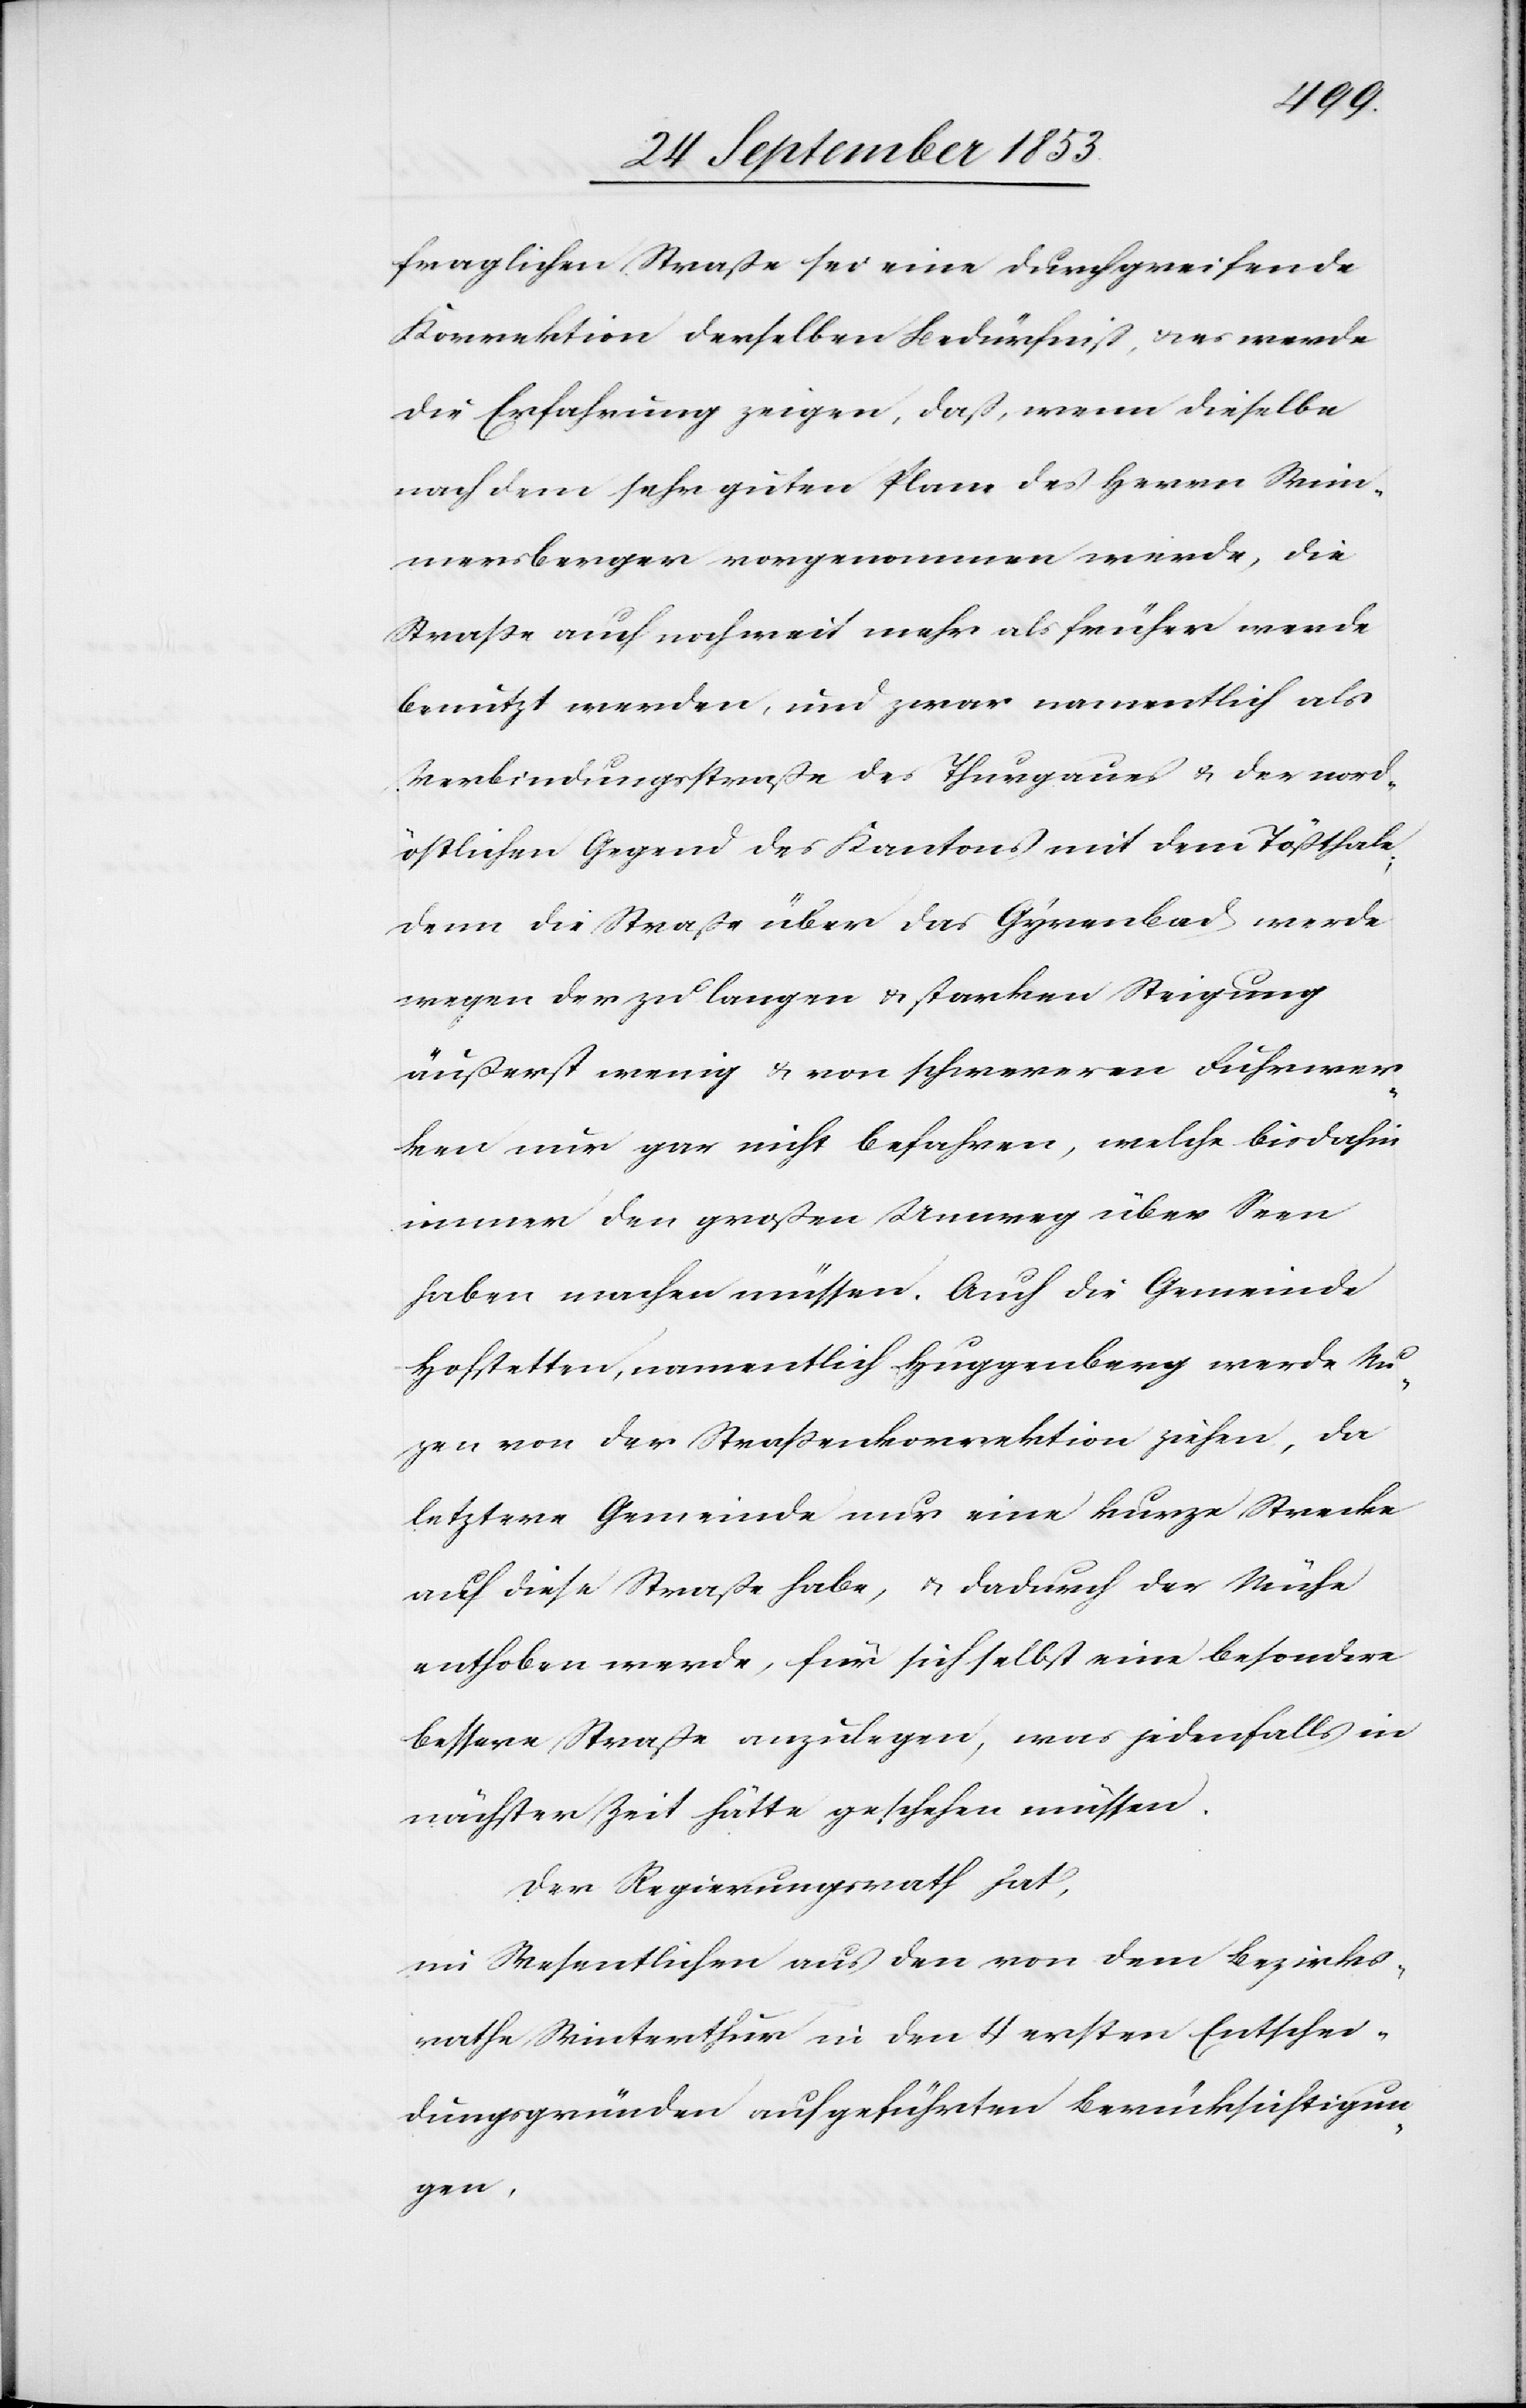
fraglichen Straße sei eine durchgreifende
Korrektion derselben Bedürfniß, u. es werde
die Erfahrung zeigen, daß, wenn dieselbe
nach dem sehr guten Plan des Herrn Wim¬
mersberger vorgenommen werde, die
Straße auch noch weit mehr als früher werde
benutzt werden, und zwar namentlich als
Verbindungsstraße des Thurgaues u. der nord¬
östlichen Gegend des Kantons mit dem Tößthale;
denn die Straße über das Gyrenbad werde
wegen der zu langen u. starken Steigung
äußerst wenig u. von schwereren Fuhrwer¬
ken nur gar nicht befahren, welche bisdahin
immer den großen Umweg über Seen
haben machen müssen. Auch die Gemeinde
Hofstetten, namentlich Huggenberg werde Nu¬
zen von der Straßenkorrektion ziehen, da
letztere Gemeinde nur eine kurze Strecke
auf diese Straße habe, u. dadurch der Mühe
enthoben werde, für sich selbst eine besondere
bessere Strecke anzulegen, was jedenfalls in
nächster Zeit, hätte geschehen müssen.
Der Regierungsrath hat,
im Wesentlichen aus den von dem bezirks¬
räthliche Winterthur in den 4 ersten Entschei¬
dungsgründen aufgeführten Berücksichtigun¬
gen,